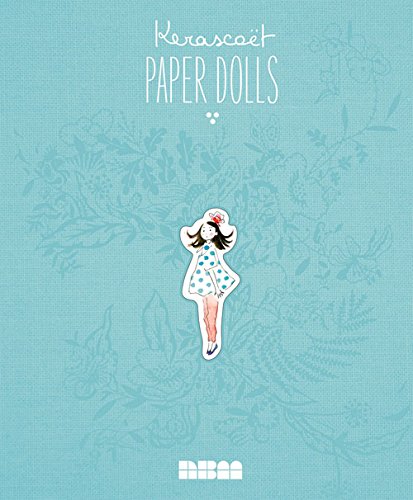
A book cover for Paper Dolls; Kerascoet; Arts & Photography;